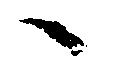
へ